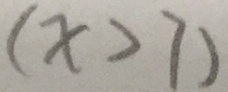
( x > 7 )